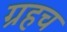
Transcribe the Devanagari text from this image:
ग्रहच